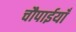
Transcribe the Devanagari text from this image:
चौपाईयाँ